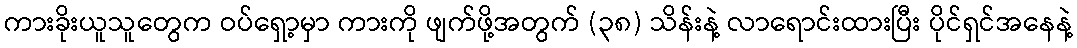
ကားခိုးယူသူတွေက ဝပ်ရှော့မှာ ကားကို ဖျက်ဖို့အတွက် (၃၈) သိန်းနဲ့ လာရောင်းထားပြီး ပိုင်ရှင်အနေနဲ့